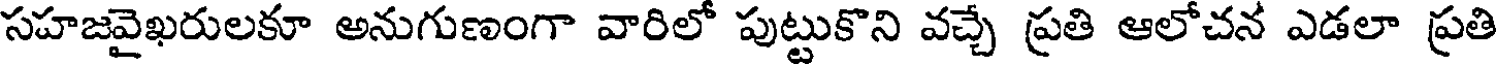
సహజవైఖరులకూ అనుగుణంగా వారిలో పుట్టుకొని వచ్చే ప్రతి ఆలోచన ఎడలా ప్రతి